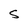
Character: G